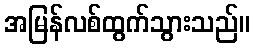
အမြန်လစ်ထွက်သွားသည်။